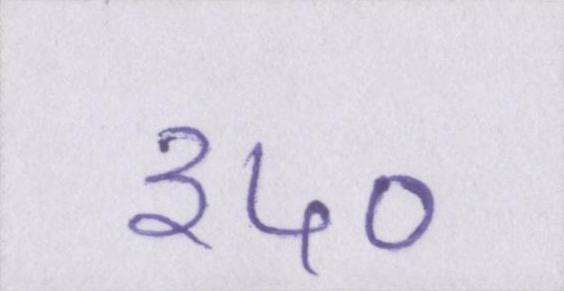
३५०